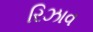
રિઝાવ